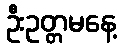
ဦးဥတ္တမနေ့